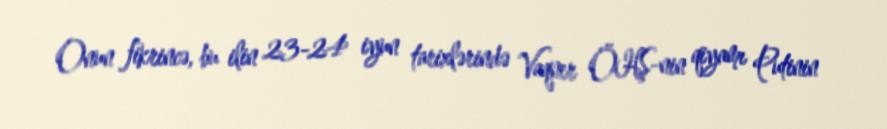
Onun fikrincə, bu ilin 23-24 iyun tarixlərində Vaqner ÖHŞ-nin qiyamı Putinin